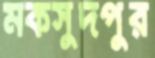
মকসুদপুর